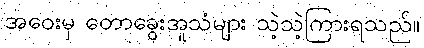
အဝေးမှ တောခွေးအူသံများ သဲ့သဲ့ကြားရသည်။